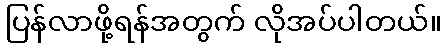
ပြန်လာဖို့ရန်အတွက် လိုအပ်ပါတယ်။